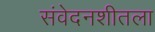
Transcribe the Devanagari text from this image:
संवेदनशीतला